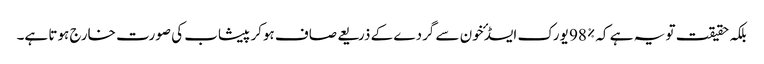
بلکہ حقیقت تو یہ ہے کہ %98 یورک ایسڈ ٴخون سے گردے کے ذریعے صاف ہوکر پیشاب کی صورت خارج ہوتا ہے۔